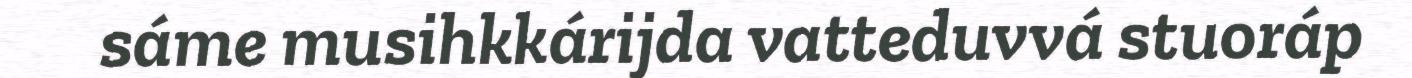
sáme musihkkárijda vatteduvvá stuoráp